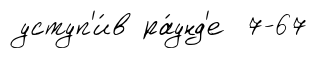
уступ'и́в ра́унд'е 7-67